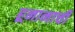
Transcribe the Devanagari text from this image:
हूनानाची